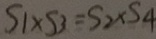
S _ { 1 } \times S _ { 3 } = S _ { 2 } \times S _ { 4 }